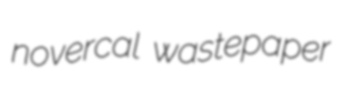
novercal wastepaper